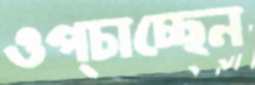
ওপ্‌চাচ্ছেন